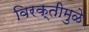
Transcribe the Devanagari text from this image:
विरक्तीमुळे